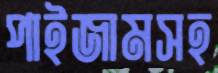
পাইজামসহ